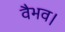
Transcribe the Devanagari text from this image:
वैभव।